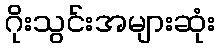
ဂိုးသွင်းအများဆုံး